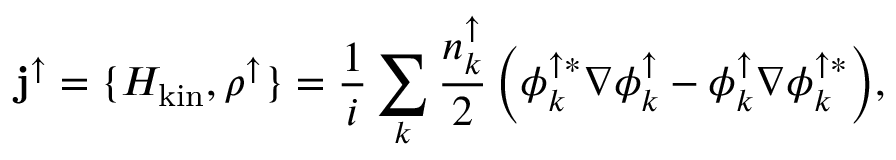
{ \bf j } ^ { \uparrow } = \{ H _ { \mathrm { k i n } } , \rho ^ { \uparrow } \} = \frac { 1 } { i } \sum _ { k } { \frac { n _ { k } ^ { \uparrow } } { 2 } \left( \phi _ { k } ^ { \uparrow * } \nabla \phi _ { k } ^ { \uparrow } - \phi _ { k } ^ { \uparrow } \nabla \phi _ { k } ^ { \uparrow * } \right) } ,